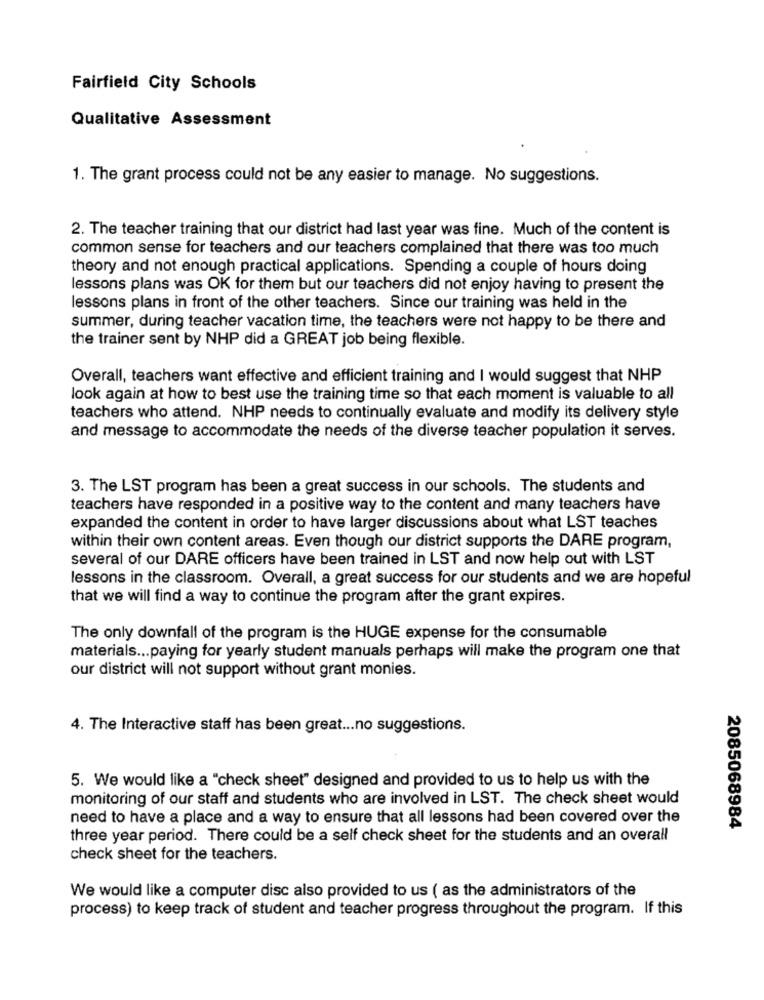
Fairfield City Schools
Qualitative Assessment
1. The grant process could not be any easier to manage. No suggestions.
2. The teacher training that our district had last year was fine. Much of the content is
common sense for teachers and our teachers complained that there was too much
theory and not enough practical applications. Spending a couple of hours doing
lessons plans was OK for them but our teachers did not enjoy having to present the
lessons plans in front of the other teachers. Since our training was held in the
summer, during teacher vacation time, the teachers were not happy to be there and
the trainer sent by NHP did a GREAT job being flexible.
Overall, teachers want effective and efficient training and I would suggest that NHP
look again at how to best use the training time so that each moment is valuable to all
teachers who attend. NHP needs to continually evaluate and modify its delivery style
and message to accommodate the needs of the diverse teacher population it serves.
3. The LST program has been a great success in our schools. The students and
teachers have responded in a positive way to the content and many teachers have
expanded the content in order to have larger discussions about what LST teaches
within their own content areas. Even though our district supports the DARE program,
several of our DARE officers have been trained in LST and now help out with LST
lessons in the classroom. Overall, a great success for our students and we are hopeful
that we will find a way to continue the program after the grant expires.
The only downfall of the program is the HUGE expense for the consumable
materials ... paying for yearly student manuals perhaps will make the program one that
our district will not support without grant monies.
4. The Interactive staff has been great ... no suggestions.
5. We would like a "check sheet" designed and provided to us to help us with the
monitoring of our staff and students who are involved in LST. The check sheet would
need to have a place and a way to ensure that all lessons had been covered over the
2085068984
three year period. There could be a self check sheet for the students and an overall
check sheet for the teachers.
We would like a computer disc also provided to us ( as the administrators of the
process) to keep track of student and teacher progress throughout the program. If this